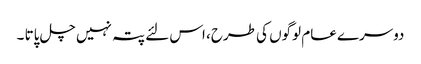
دوسرے عام لوگوں کی طرح، اس لئے پتہ نہیں چل پاتا ۔